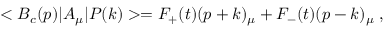
< B _ { c } ( p ) | A _ { \mu } | P ( k ) > = F _ { + } ( t ) ( p + k ) _ { \mu } + F _ { - } ( t ) ( p - k ) _ { \mu } \; ,